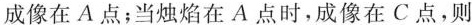
成像在A点；当烛焰在A点时，成像在C点，则